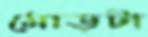
মোড়টা